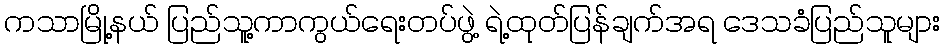
ကသာမြို့နယ် ပြည်သူ့ကာကွယ်ရေးတပ်ဖွဲ့ ရဲ့ထုတ်ပြန်ချက်အရ ဒေသခံပြည်သူများ